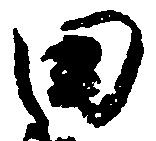
田